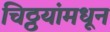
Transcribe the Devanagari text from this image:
चिठ्ठयांमधून